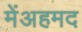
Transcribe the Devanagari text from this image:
मेंअहमद